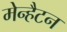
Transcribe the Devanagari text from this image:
मेन्हैटन